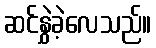
ဆင်နွှဲခဲ့လေသည်။